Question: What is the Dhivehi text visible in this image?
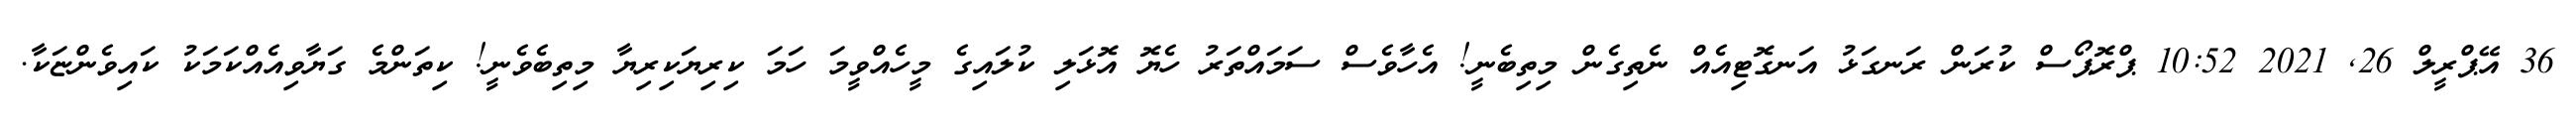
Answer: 36 އޭޕްރީލް 26, 2021 10:52 ޕްރޮޕޯސް ކުރަން ރަނގަޅު އަނގޮޓިއެއް ނެތިގެން މިތިބެނީ! އެހާވެސް ސަމައްތަރު ހެޔޮ އޮޅަލި ކުލައިގެ މީހެއްވީމަ ހަމަ ކިރިޔަކިރިޔާ މިތިބެވެނީ! ކިތަންމެ ގަޔާވިއެއްކަމަކު ކައިވެންޏަކާ.